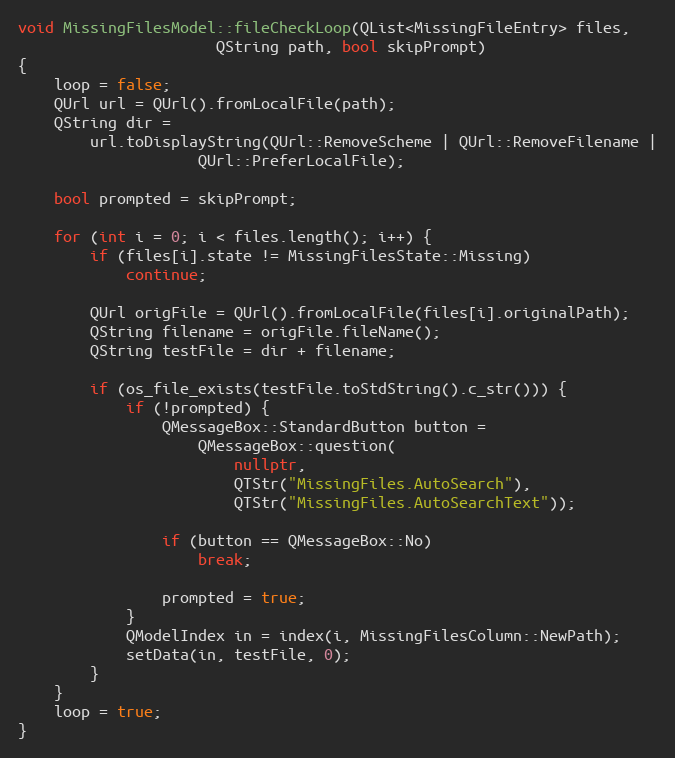
Language: C++
void MissingFilesModel::fileCheckLoop(QList<MissingFileEntry> files,
				      QString path, bool skipPrompt)
{
	loop = false;
	QUrl url = QUrl().fromLocalFile(path);
	QString dir =
		url.toDisplayString(QUrl::RemoveScheme | QUrl::RemoveFilename |
				    QUrl::PreferLocalFile);

	bool prompted = skipPrompt;

	for (int i = 0; i < files.length(); i++) {
		if (files[i].state != MissingFilesState::Missing)
			continue;

		QUrl origFile = QUrl().fromLocalFile(files[i].originalPath);
		QString filename = origFile.fileName();
		QString testFile = dir + filename;

		if (os_file_exists(testFile.toStdString().c_str())) {
			if (!prompted) {
				QMessageBox::StandardButton button =
					QMessageBox::question(
						nullptr,
						QTStr("MissingFiles.AutoSearch"),
						QTStr("MissingFiles.AutoSearchText"));

				if (button == QMessageBox::No)
					break;

				prompted = true;
			}
			QModelIndex in = index(i, MissingFilesColumn::NewPath);
			setData(in, testFile, 0);
		}
	}
	loop = true;
}